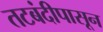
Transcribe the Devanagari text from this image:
तटबंदीपासून